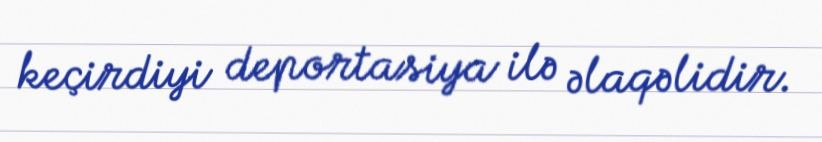
keçirdiyi deportasiya ilə əlaqəlidir.